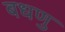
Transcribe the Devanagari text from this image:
बधणु